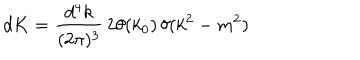
d K = \frac { d ^ { 4 } k } { ( 2 \pi ) ^ { 3 } } \, 2 \theta ( k _ { 0 } ) \, \delta ( k ^ { 2 } - m ^ { 2 } )